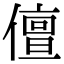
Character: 儃